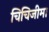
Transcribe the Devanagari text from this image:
चिचिजीमा